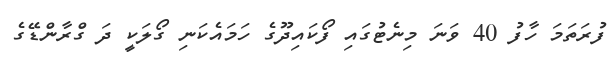
ފުރަތަމަ ހާފު 40 ވަނަ މިނެޓުގައި ފޯކައިދޫގެ ހަމައެކަނި ގޯލަކީ ދަ ގްރާންޑޭގެ